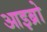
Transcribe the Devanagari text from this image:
आइब्रो